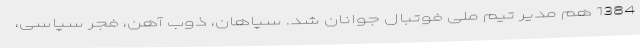
1384 هم مدیر تیم ملی فوتبال جوانان شد. سپاهان، ذوب آهن، فجر سپاسی،